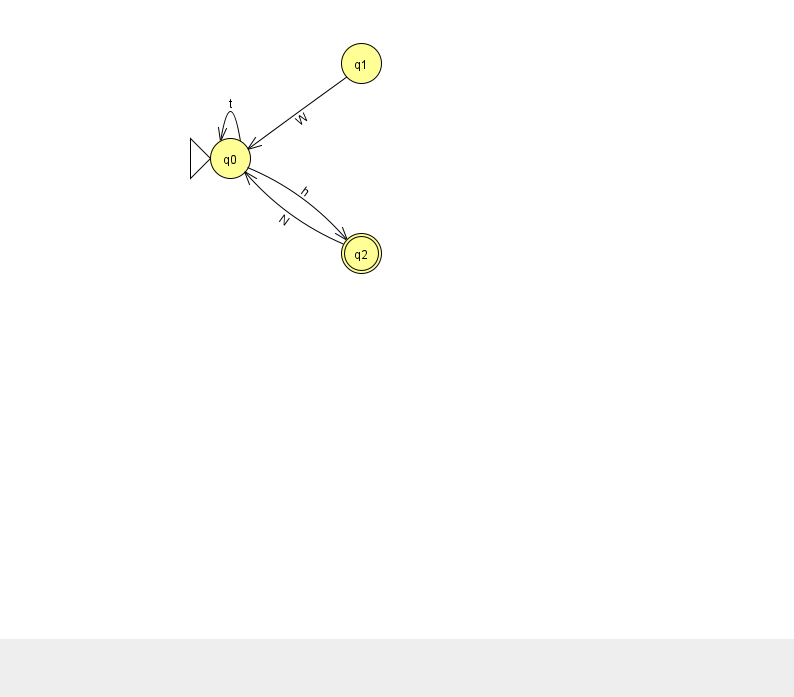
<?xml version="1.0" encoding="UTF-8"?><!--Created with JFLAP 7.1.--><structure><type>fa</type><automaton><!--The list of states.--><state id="0" name="q0"><x>230.0</x><y>145.0</y><initial/></state><state id="1" name="q1"><x>361.0</x><y>50.0</y></state><state id="2" name="q2"><x>361.0</x><y>240.0</y><final/></state><!--The list of transitions.--><transition><from>1</from><to>0</to><read>W</read></transition><transition><from>2</from><to>0</to><read>N</read></transition><transition><from>0</from><to>0</to><read>t</read></transition><transition><from>0</from><to>2</to><read>h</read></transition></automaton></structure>